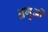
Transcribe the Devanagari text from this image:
अगुओं